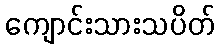
ကျောင်းသားသပိတ်